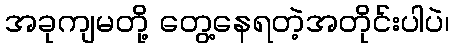
အခုကျမတို့ တွေ့နေရတဲ့အတိုင်းပါပဲ၊